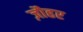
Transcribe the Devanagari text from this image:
ज़ौहर